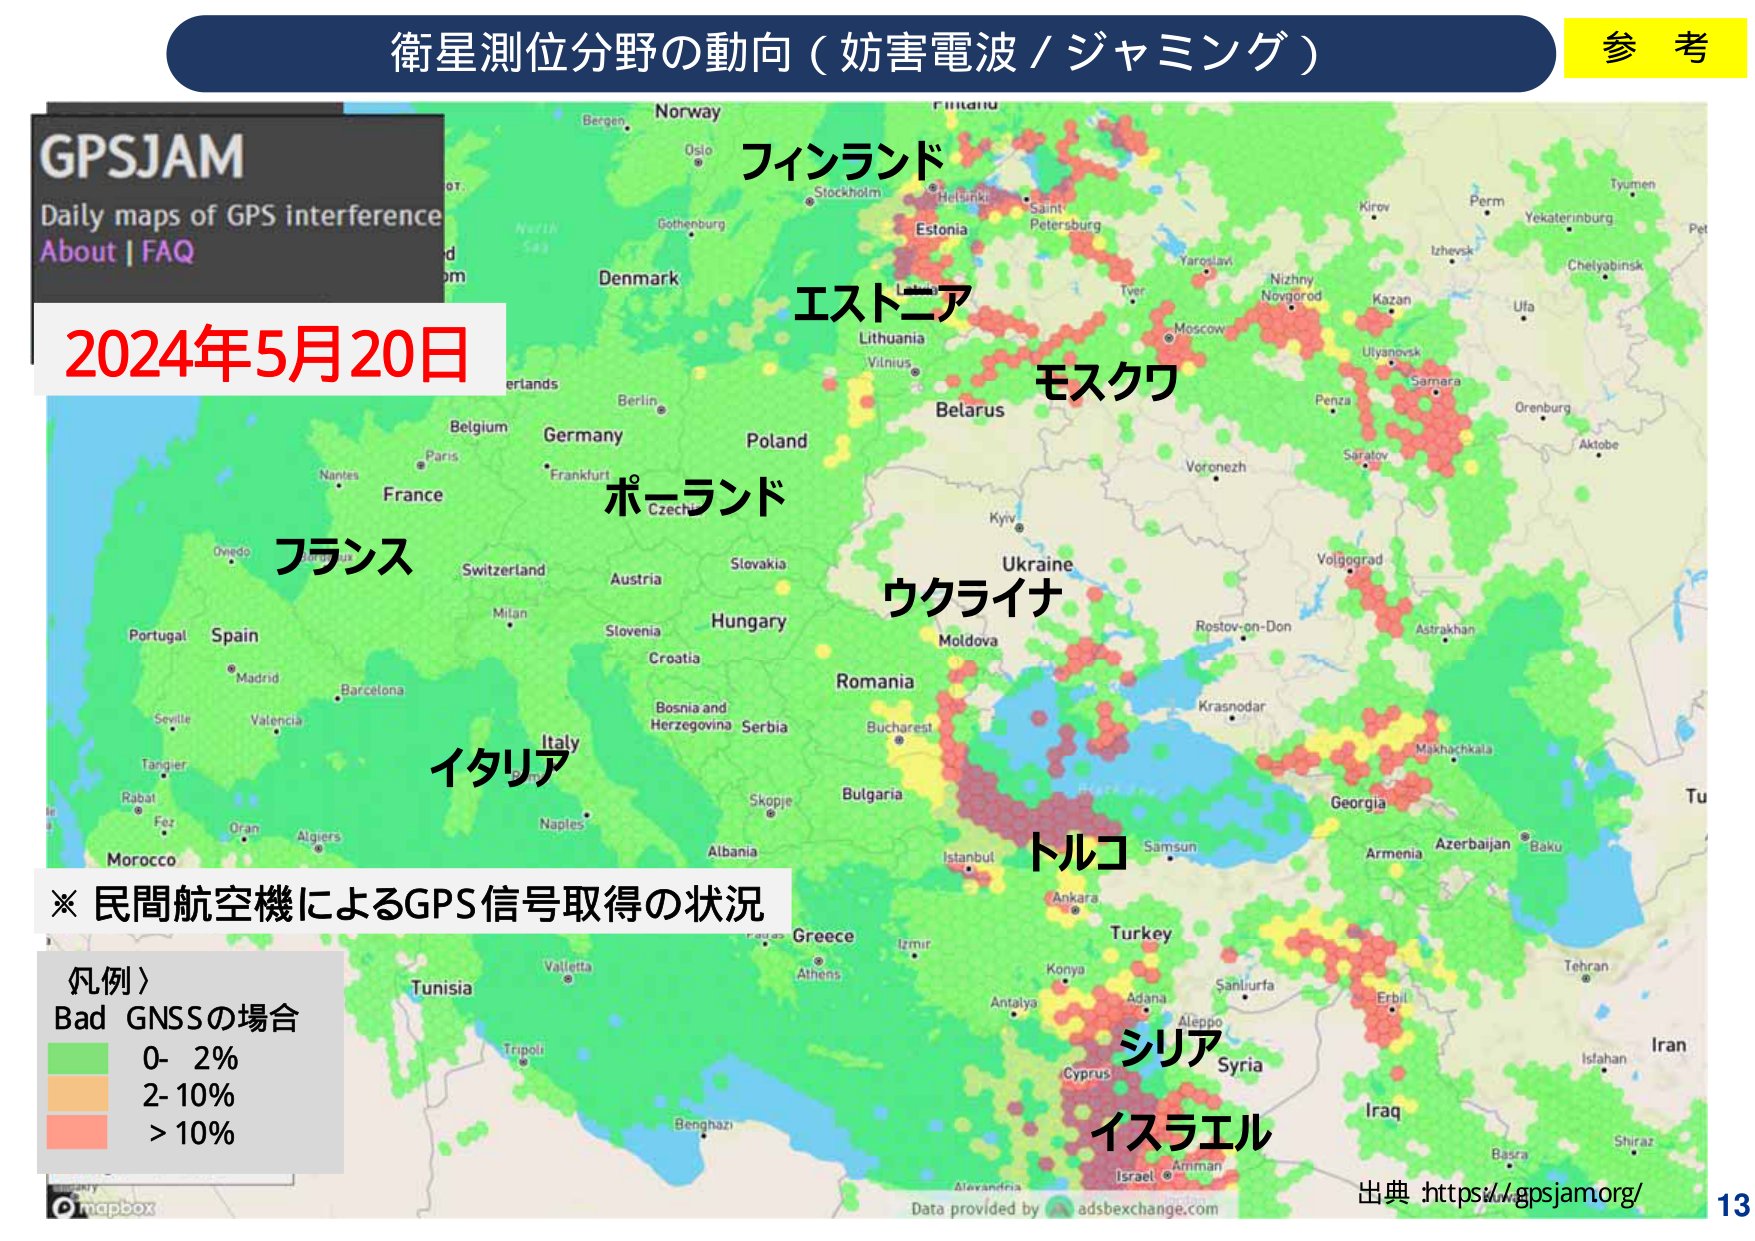
衛星測位分野の動向（妨害電波／ジャミング）

参考

GPSJAM
Daily maps of GPS interference
About | FAQ

2024年5月20日

フィンランド
エストニア
モスクワ
ポーランド
フランス
ウクライナ
イタリア
トルコ
シリア
イスラエル

※ 民間航空機によるGPS信号取得の状況

〈凡例〉
Bad GNSSの場合
0- 2%
2-10%
>10%

出典 https://gpsjam.org/

mapbox
Data provided by adsbexchange.com

13